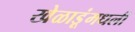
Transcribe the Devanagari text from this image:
खेळाडूंमधली